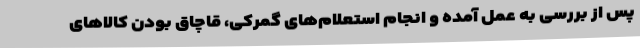
پس از بررسی به عمل آمده و انجام استعلام‌های گمرکی، قاچاق بودن کالاهای